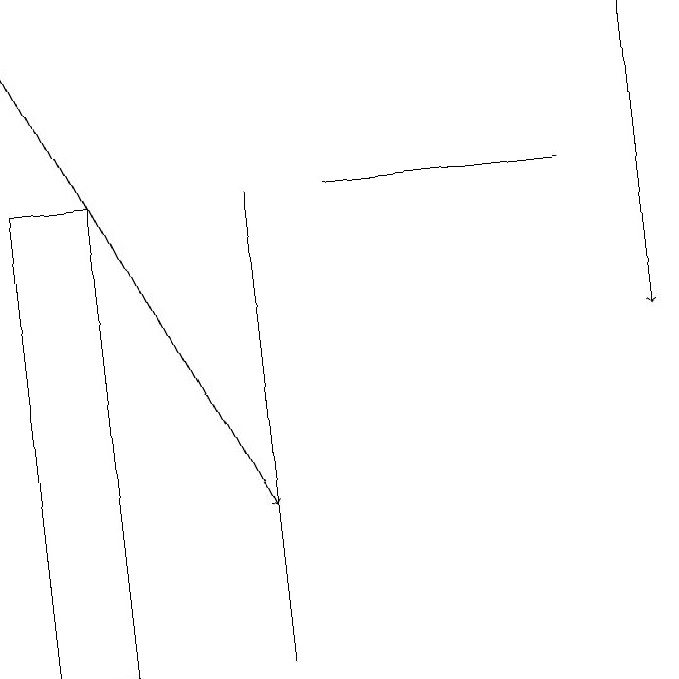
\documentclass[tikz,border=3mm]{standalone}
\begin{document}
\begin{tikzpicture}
\draw (4,17) rectangle (4,11);
\draw (1,11) rectangle (2,17);
\draw[->] (1,19) -- (4,13);
\draw[->] (9,19) -- (9,15);
\draw (5,17) rectangle (8,17);
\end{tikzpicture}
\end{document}